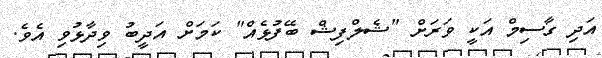
އަދި ގާސިމް އަކީ ވަރަށް "ޝެލްފިޝް ބޭފުޅެއް" ކަމަށް އަދީބު ވިދާޅުވި އެވެ.